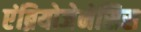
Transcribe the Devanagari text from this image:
एंब्रियोजेनेसिस